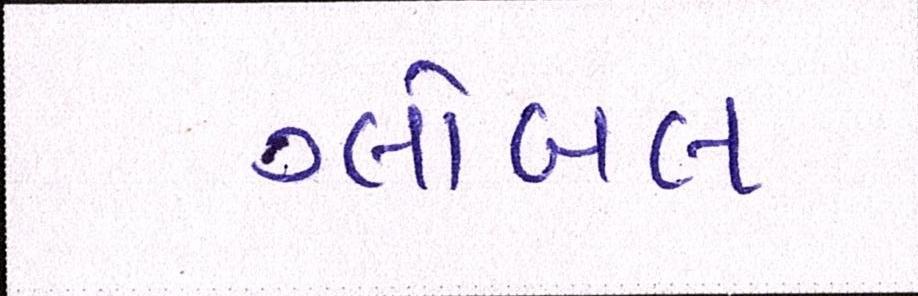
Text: ગ્લોબલ